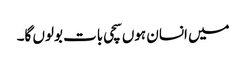
میں انسان ہوں سچی بات بولوں گا۔